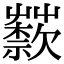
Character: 𦽣